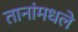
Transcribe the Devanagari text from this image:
तानांमधले